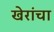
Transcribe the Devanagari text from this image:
खेरांचा